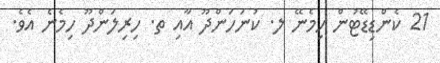
21 ކެންޑިޑޭޓުން ހިމެނޭ ލ. ކުނަހަންދޫ އާއި ތ. ހިރިލަންދޫ ހިމެނެ އެވެ.